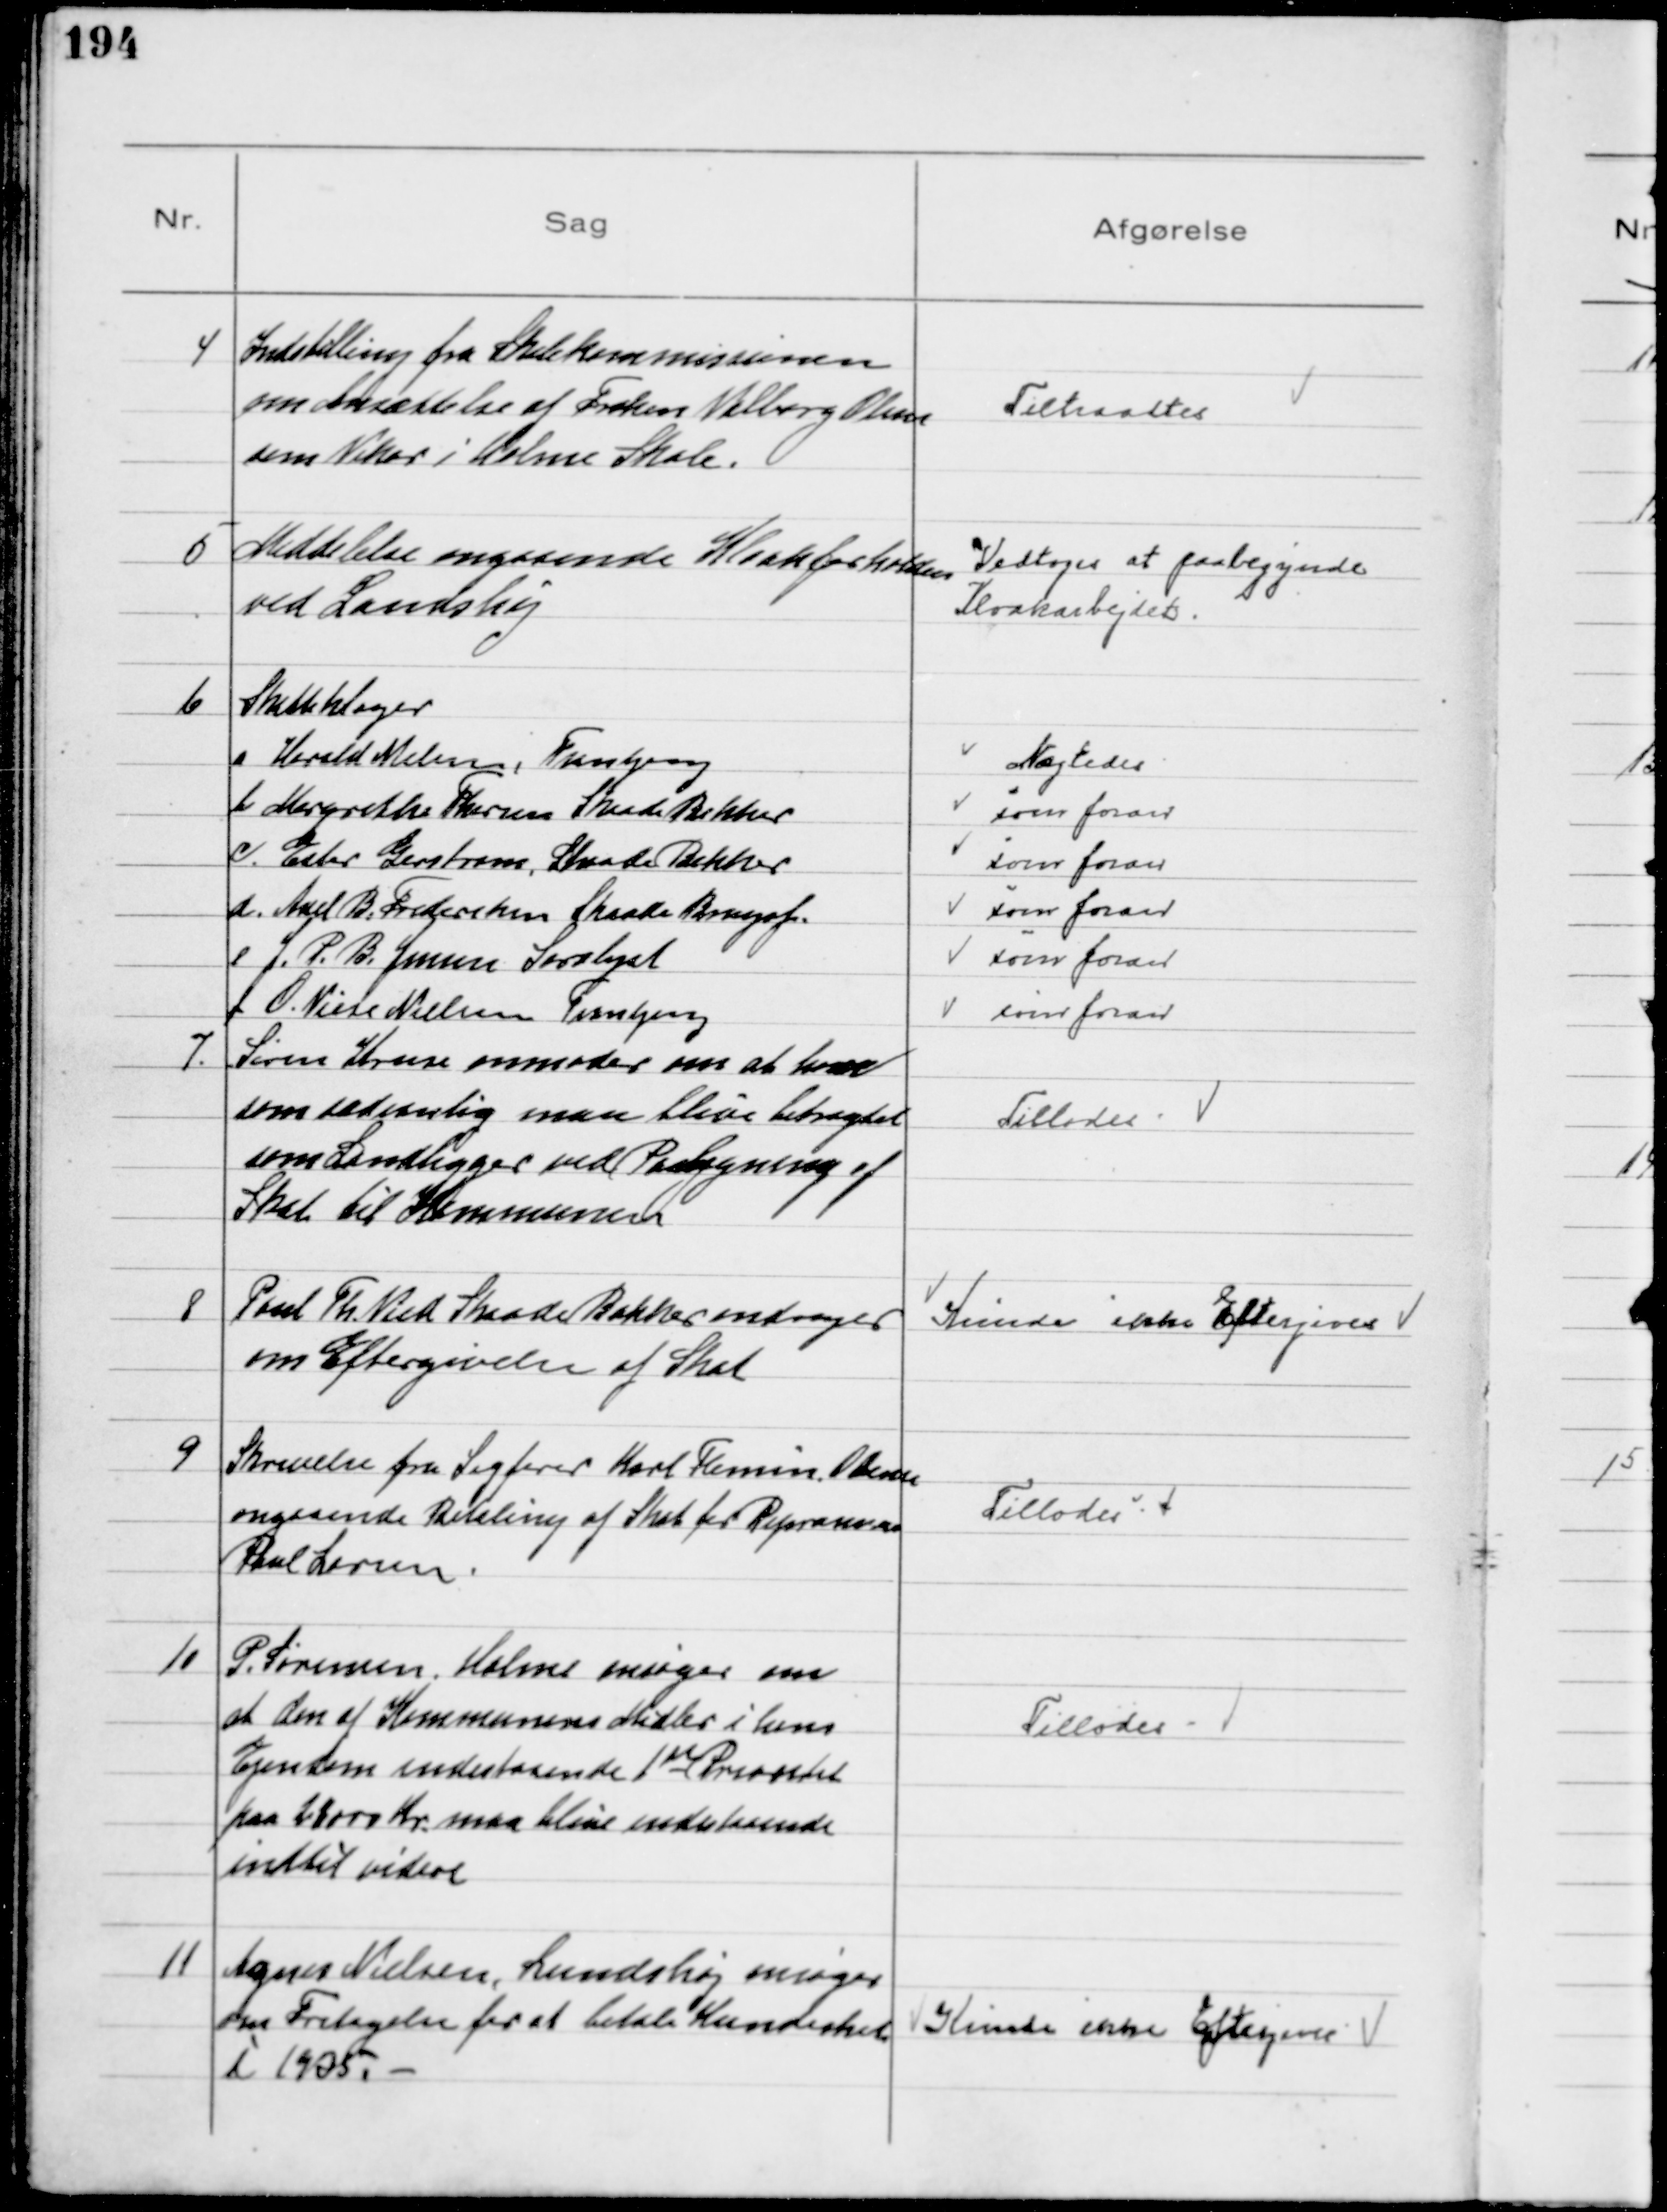
Transskription:
4
Indstilling fra Skolekommissionen
om Ansættelse af Frøken Valborg Olesen
som Vikar i Holme Skole.

Tiltraadtes

5
Meddelelse angaaende Kloakforholdene
ved Lundshøj
Vedtoges at paabegynde
Kloakarbejdet.

6
Skatteklager
a. Harald Melsen, Tranbjerg
Nægtedes
b Margrethe Thorsen Skaade Bakker
som foran
c. Ester Gerstrøm, Skaade Bakker
som foran
d. Axel B. Frederiksen, Skaade Brugsf.
som foran
e J. P. B. Jensen Saralyst
som foran
f O. Viese Nielsen Tranbjerg
som foran

7.
Søren Kruse anmoder om at han
som sædvanlig maa blive betragtet
som Landligger ved Paaligning af
Skat til Kommunen

Tillodes

8
Poul Th. Vied Skaade Bakker andrager
om Eftergivelse af Skat

Kunde ikke Eftergives

9
Skrivelse fra Sagfører Karl Flemin, Odense
angaaende Betaling af Skat for Reprænsen
Poul Larsen.

Tillodes

10
P. Sørensen, Holme ansøger om
at den af Kommunens Midler i hans
Ejendom indestaaende 1st Prioritet
paa 21000 Kr. maa blive indestaaende
indtil videre

Tillodes

11
Agnes Nielsen, Lundshøj ansøger
om Fritagelse for at betale Hundeskat
i 1935.

Kunde ikke Eftergives